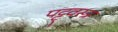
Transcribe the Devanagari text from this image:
पट्ट्वस्त्र